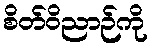
စိတ်ဝိညာဉ်ကို